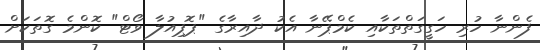
ފެންނާ ހުރި ހަގީގަތްތަކާއި ކެމްޕޭނާ އެކު ދާއިރާގެ "ޕޮޕިއުލާ ވޯޓް" ކޮންމެ ގޮތަކަށް